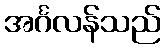
အင်္ဂလန်သည်